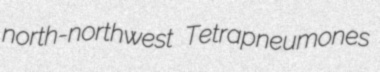
north-northwest Tetrapneumones